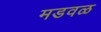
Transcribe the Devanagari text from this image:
मडवळ